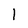
Character: I